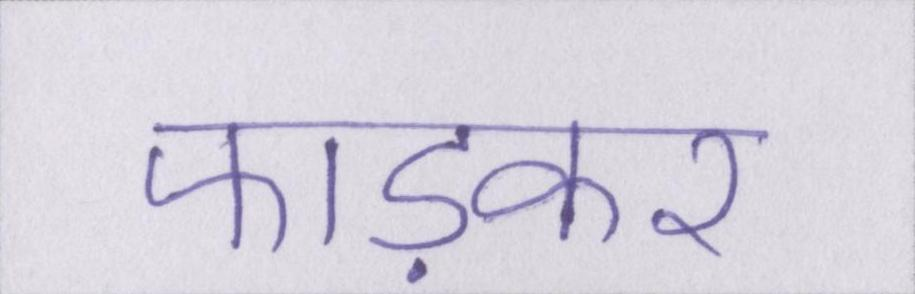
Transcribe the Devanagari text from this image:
फाड़कर